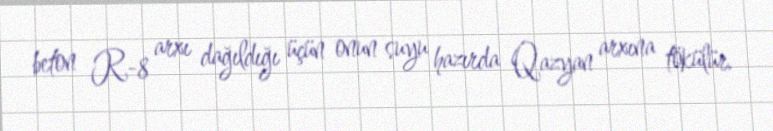
beton R-8 arxı dağıldığı üçün onun suyu hazırda Qazyan arxına tökülür.